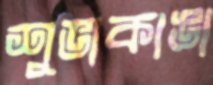
শুভাকাঙা